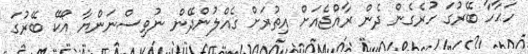
ހަޙާހާ ބޭރުގަ ހުރެގެން ދެން ރާއްޖެއަށް އިތުރަށް ގެއްލުންދޭން ނުވިސްނަންޔާ އޯކޭ ބޭރުގަ